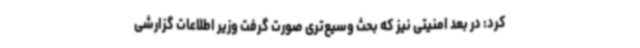
کرد: در بعد امنیتی نیز که بحث وسیع‌تری صورت گرفت وزیر اطلاعات گزارشی